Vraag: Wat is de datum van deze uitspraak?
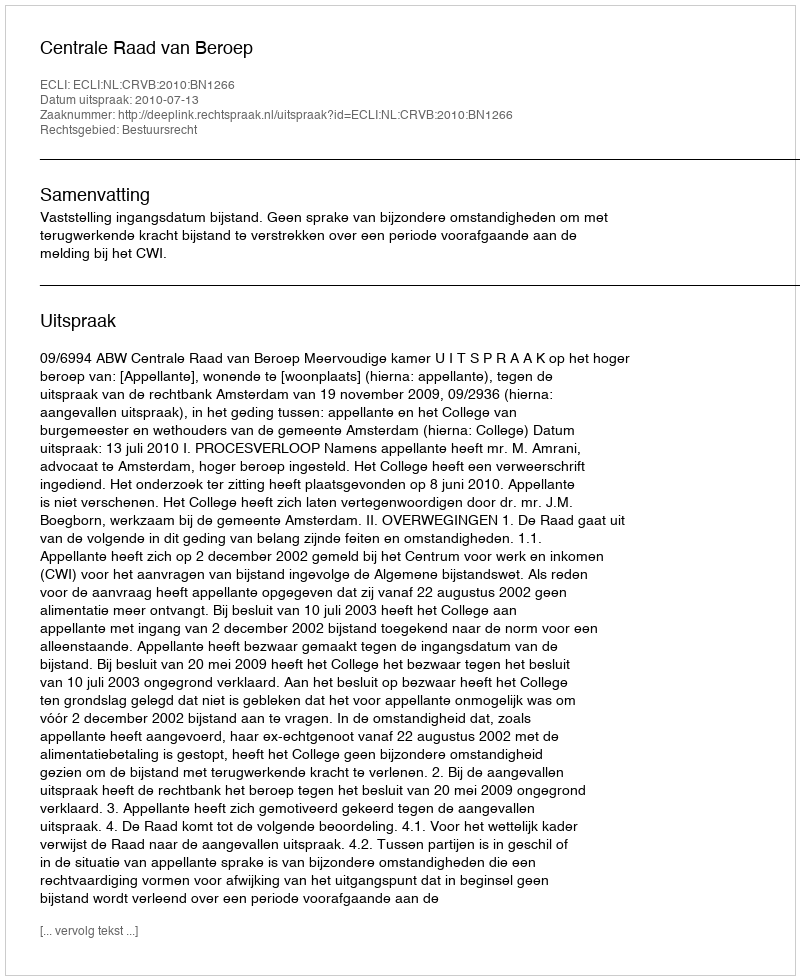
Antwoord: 2010-07-13